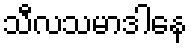
သီလသမာဒါနေ